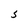
Character: S